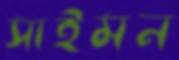
সাইমন